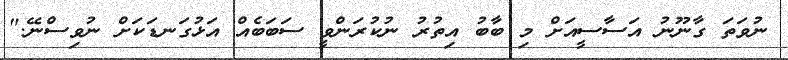
ނުވަތަ ގާނޫނު އަސާސީއަށް މި ބާބު އިތުރު ނުކުރަންވީ ސަބަބެއް އަޅުގަނޑަކަށް ނުވިސްނޭ."